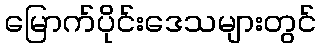
မြောက်ပိုင်းဒေသများတွင်